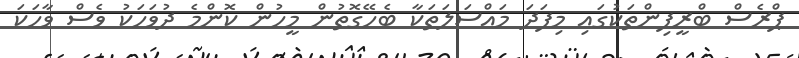
ޕްރެސް ބްރީފިންތަކުގައި މިފަދަ މައްސަލަތަކާ ބެހޭގޮތުން މީހުން ކޮންމެ ދުވަހަކު ވެސް ވާހަކަ